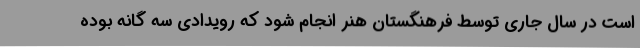
است در سال جاری توسط فرهنگستان هنر انجام شود که رویدادی سه گانه بوده